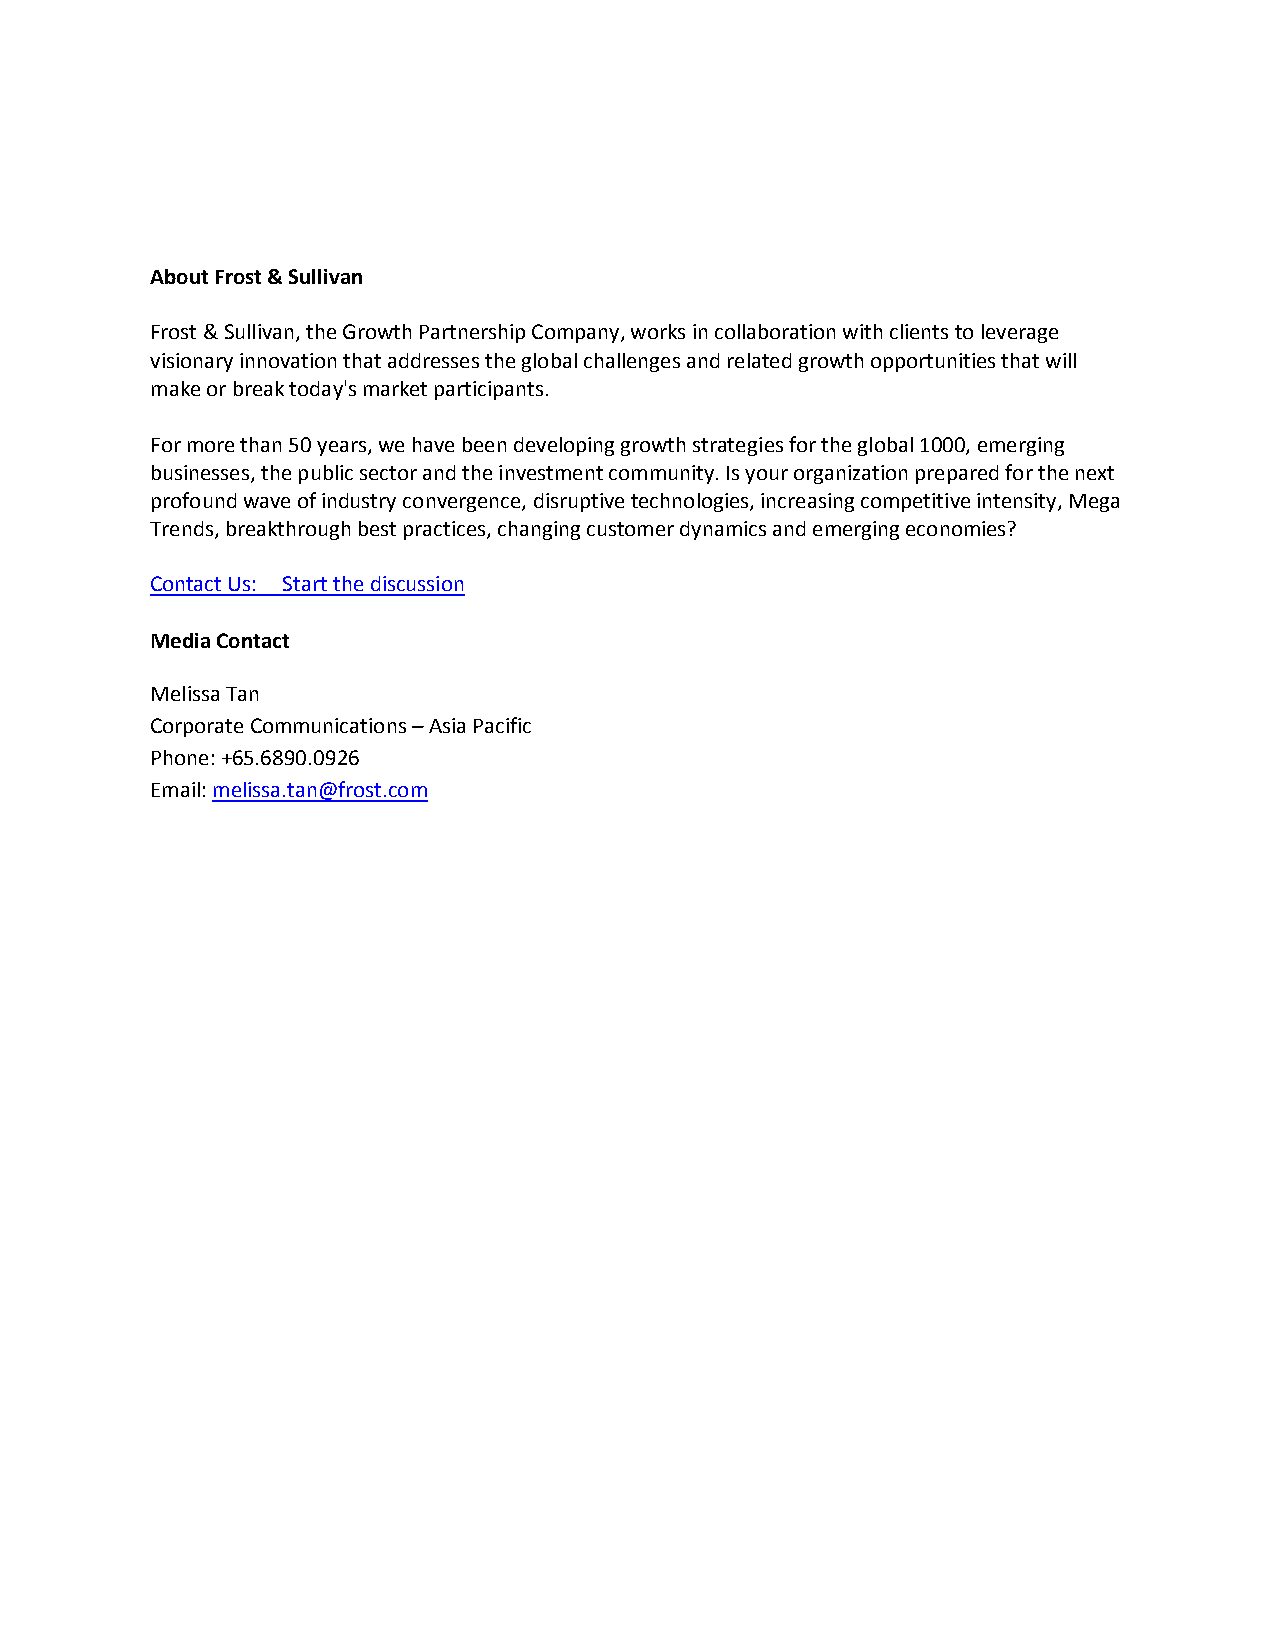
About Frost & Sullivan
 Frost & Sullivan, the Growth Partnership Company, works in collaboration with clients to leverage
 visionary innovation that addresses the global challenges and related growth opportunities that will
 make or break today's market participants.
 For more than 50 years, we have been developing growth strategies for the global 1000, emerging
 businesses, the public sector and the investment community. Is your organization prepared for the next
 profound wave of industry convergence, disruptive technologies, increasing competitive intensity, Mega
 Trends, breakthrough best practices, changing customer dynamics and emerging economies?
 Contact Us: Start the discussion
 Media Contact
 Melissa Tan
 Corporate Communications – Asia Pacific
 Phone: +65.6890.0926
 Email: melissa.tan@frost.com